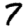
Digit: 7